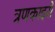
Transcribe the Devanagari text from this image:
त्रणकाइरो